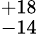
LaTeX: ^{+18}_{-14}